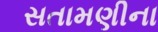
સતામણીના